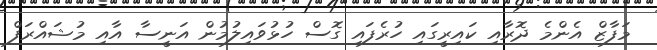
މަފާޒް އެންމެ ދޮރާއި ކައިރީގައި ހުރެފައި ގޮސް ހުޅުވައިލުމުން އަނީސާ އާއި މުޝައްރަފް